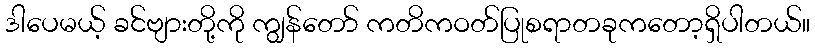
ဒါပေမယ့် ခင်ဗျားတို့ကို ကျွန်တော် ကတိကဝတ်ပြုစရာတခုကတော့ရှိပါတယ်။